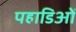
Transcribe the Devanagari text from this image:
पहाडिओं